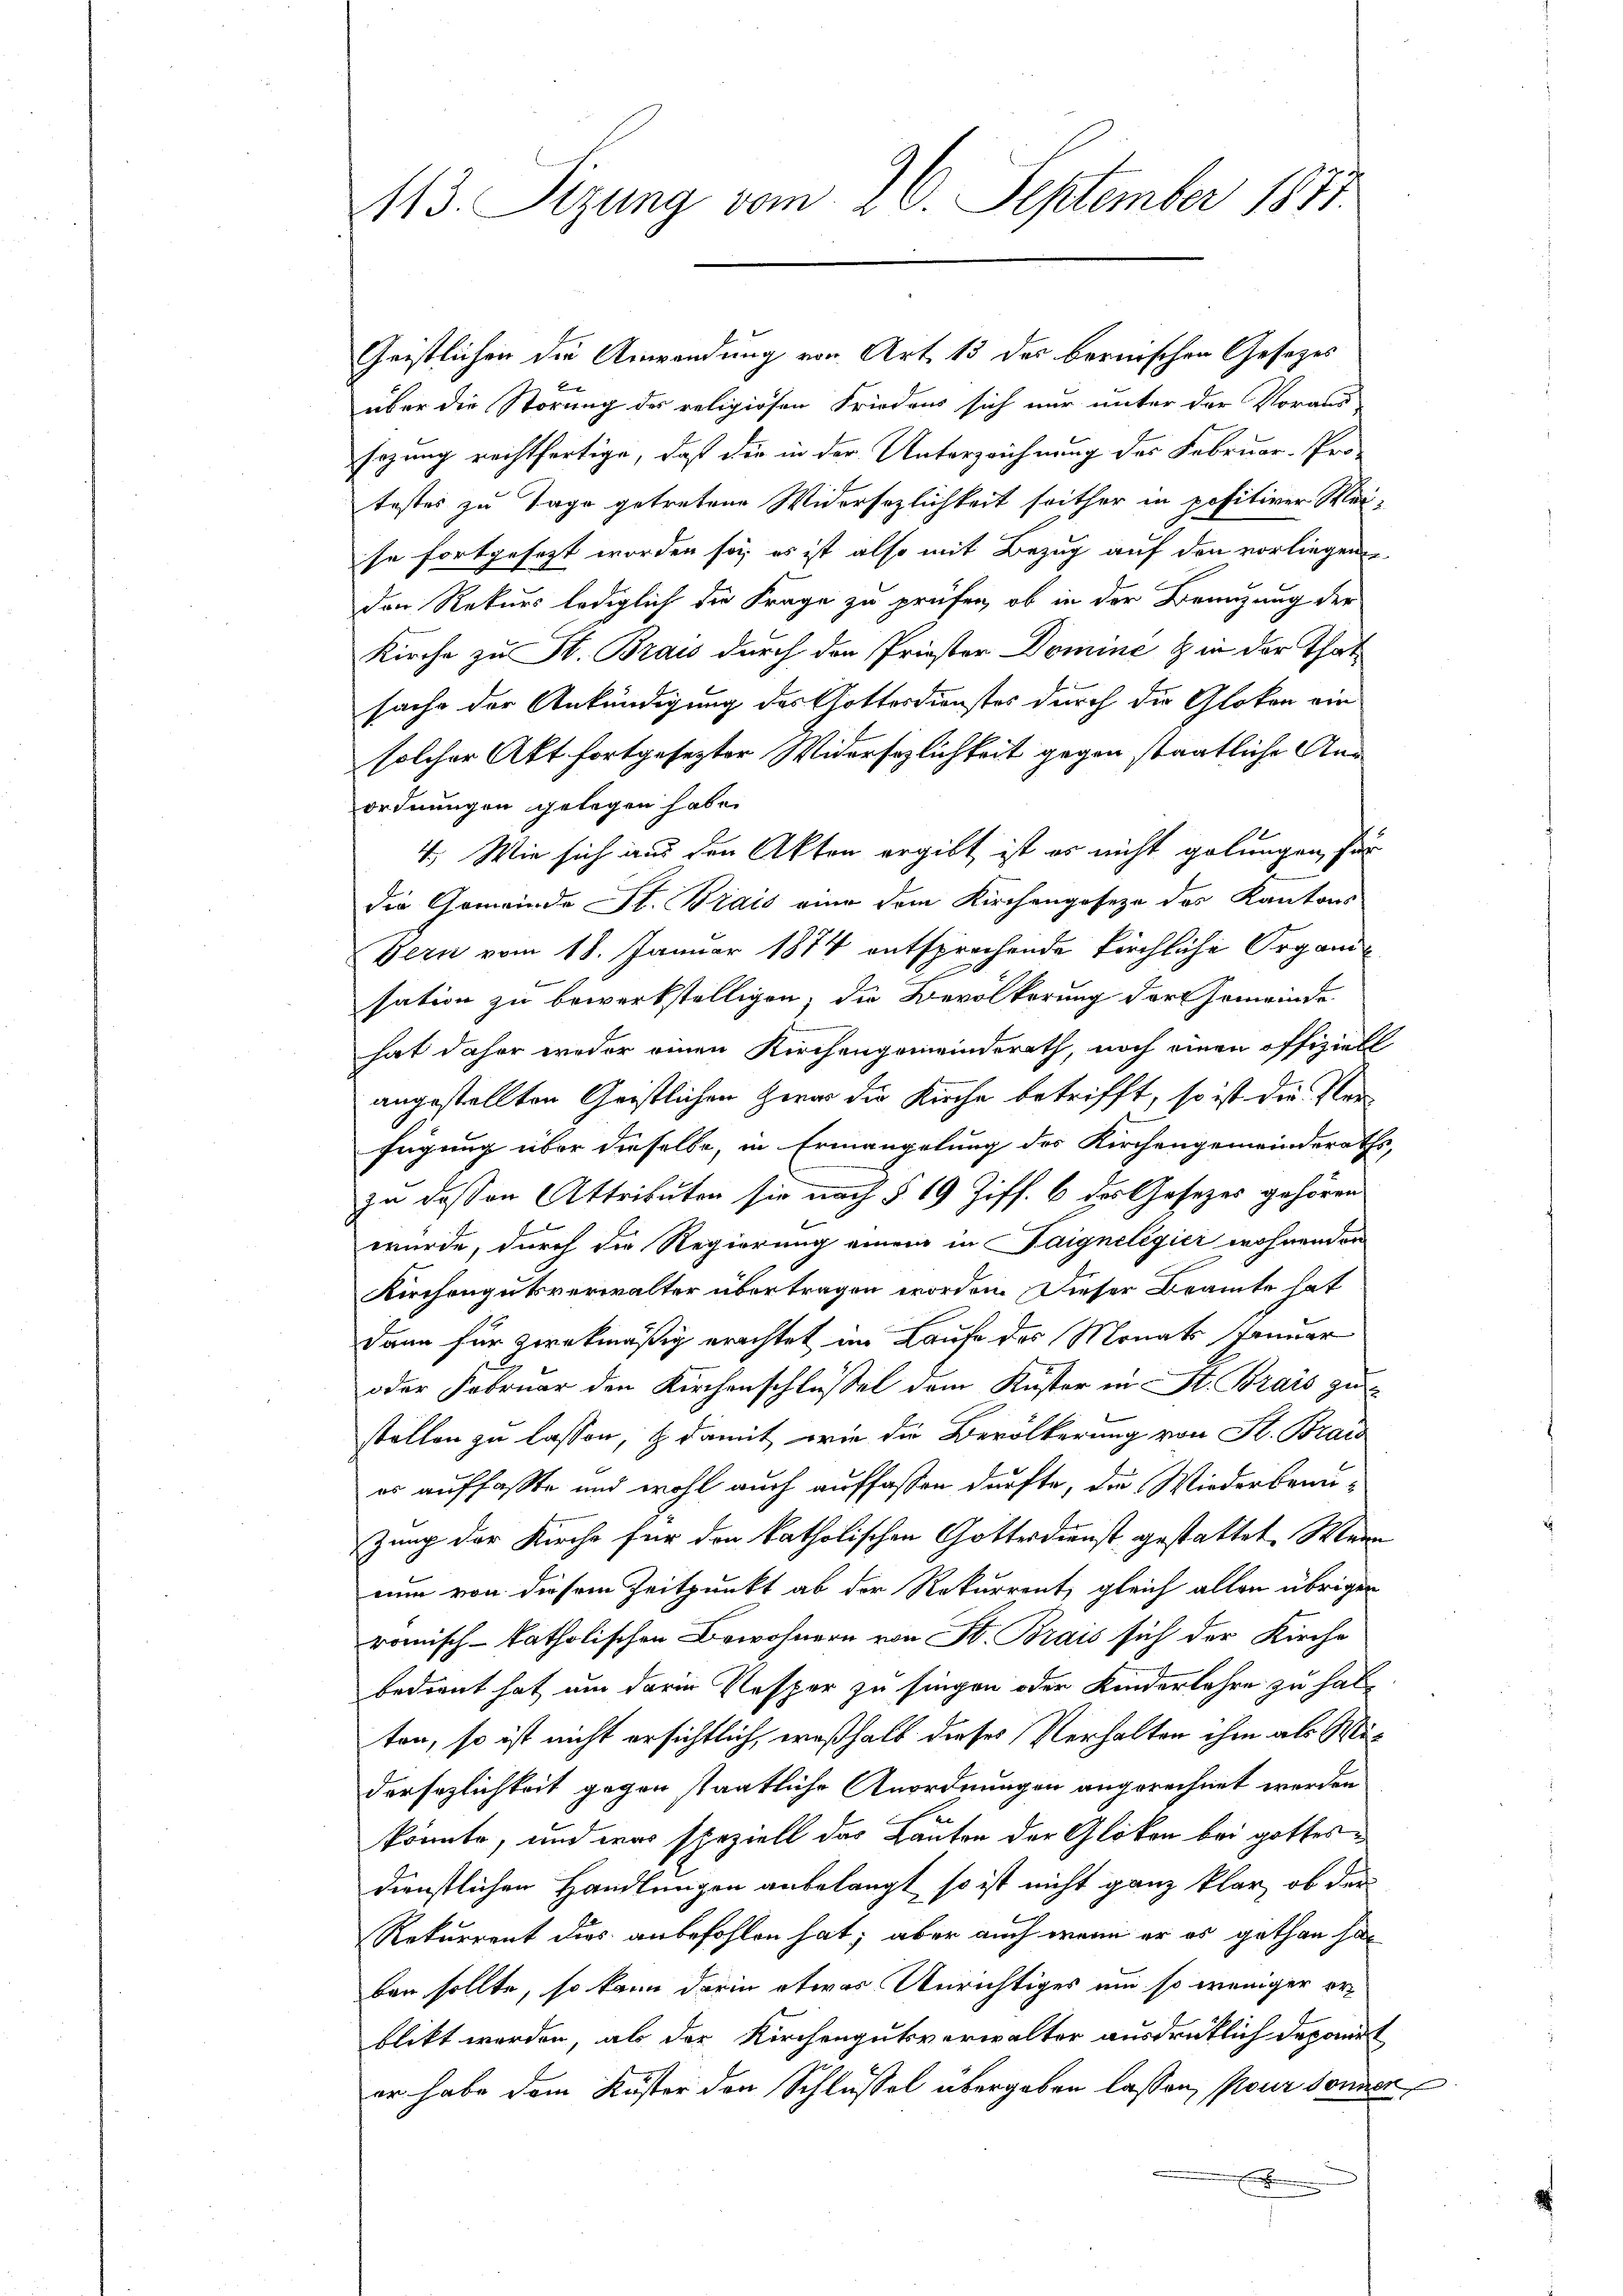
113. Seizung vom 26. September 1871.

Gristlichen die Anwendung von Art. 13 des bernischen Gesezes
über die Störung des religiosen Friedens sich nur unter der Voraus-
sezung rechtfertige, daß die in der Unterzeichnung des Februar-Pro-
testes zu Tage getretene Widersezlichkeit seither in positiver Mei-
se fortgesezt worden sei es ist also mit Bezug auf den vorliegenen
den Rekurs lediglich die Frage zu prüfen, ob in der Benuzung der
Kirche zu St. Brais durch den Priester Domine & in der That
sache der Ankündigung des Gottesdienstes durch die Gloken ein
solcher Akt fortgesezter Widersezlichkeit gegen staatliche Anaordnungen gelegen habe.
4. Wie sich aus den Akten ergibt ist es nicht gelungen, für
die Gemeinde St. Brais eine dem Kirchengeseze des Kantons
Bern vom 18. Januar 1874 entsprochende kirchliche Organisation zu bewerkstelligen, die Bevölkerung der Gemeinde
hat daher weder einen Kirchengemeinderath, noch einen offiziell
angestellten Geistlichen Zwar die Kirche betrifft, so ist die Verfügung über dieselbe, in Ermangelung des Kirchengemeinderaths,
zu deßen Attributen sie nach § 19 Ziff. 6 des Gesetzes gehören.
wurde, durch die Regierung einem in aigneligici wohnenden
Kirchengutsverwalter übertragen worden. Dieser Beamte hat
Dann für zwekmäßig erachtet im Laufe des Monats Januar
oder Februar den Kirchenschlüßel dem Kuster in St. Brais zu
stellen zu lassen, & damit wie die Bevölkerung von St. Brais
es auffaßte und wohl auch auffassen dürfte, die Wiederbrinzung der Kirche für den katholischen Gottesdienst gestattet. Wenn
nun von diesem Zeitpunkt ab der Rekurrent, gleich allen übrigen
romisch-katholischen Bewohnern von St. Brais sich der Kirche
bedient hat um darin Resper zu singen oder Kinderlehre zu halten, so ist nicht ersichtlich, weßhalb dieses Verhalten ihm als Midersezlichkeit gegen staatliche Anordnungen angerechnet werden
könnte, und was speziell das Lauten der Gloken bei gottesdienstlichen Handlungen anbelangt, so ist nicht ganz klar, ob der
Rekurrent dies anbefohlen hat; aber auch wenn er es gethan ha
ben sollte, so kann darin etwas Unrichtiges um so weniger erblikt werden, als der Kirchengutsverwalter ausdrüklich deponirt
er habe dem Küster den Schlüssel übergeben lassen, pour donner
.